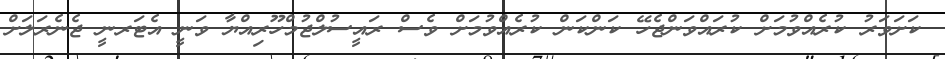
ކަށަވަރު ކުރެއްވުމަށް ކުރައްވަންޖެހޭ ކަންކަން ކުރެއްވުމަށް ވެސް ރައީސުލްޖުމްހޫރިއްޔާ ވަނީ އެޓަރނީ ޖެނެރަލަށް